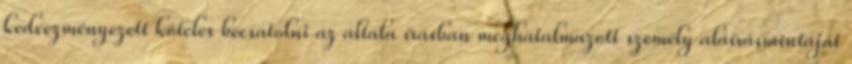
kedvezményezett köteles becsatolni az általa írásban meghatalmazott személy aláírásmintáját